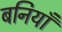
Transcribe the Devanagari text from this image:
बनियाँ